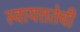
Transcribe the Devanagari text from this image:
स्वायत्ततेची